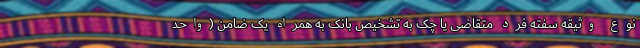
نوع وثیقه سفته فرد متقاضی یا چک به تشخیص بانک به همراه یک ضامن (واحد